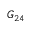
G _ { 2 4 }